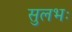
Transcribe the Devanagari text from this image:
सुलभः